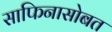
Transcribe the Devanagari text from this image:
साफिनासोबत